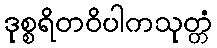
ဒုစ္စရိတဝိပါကသုတ္တံ